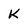
Character: K